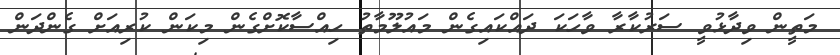
މަތީން ވިދާޅުވީ ސަރުކާރާ ވާހަކަ ދައްކައިގެން މައުލޫމާތު ހިއްސާކޮށްގެން މިކަން ކުރިއަށް ގެންދަން